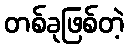
တစ်ခုဖြစ်တဲ့